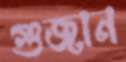
গুজান